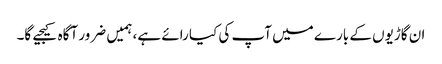
ان گاڑیوں کے بارے میں آپ کی کیا رائے ہے، ہمیں ضرور آگاہ کیجیے گا۔